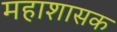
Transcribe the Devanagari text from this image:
महाशासक